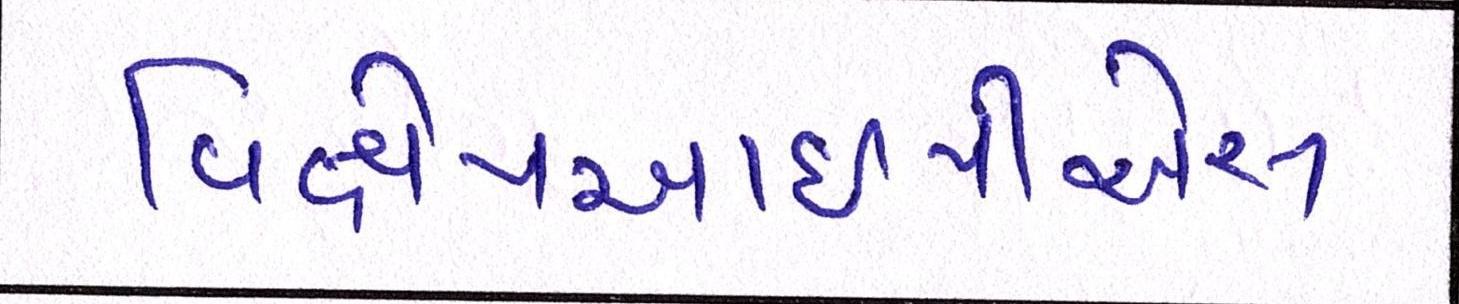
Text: વિક્ષેપઆઇપીએસ